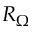
R _ { \Omega }